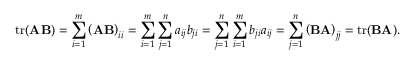
\operatorname { t r } ( \mathbf { A } \mathbf { B } ) = \sum _ { i = 1 } ^ { m } \left( \mathbf { A } \mathbf { B } \right) _ { i i } = \sum _ { i = 1 } ^ { m } \sum _ { j = 1 } ^ { n } a _ { i j } b _ { j i } = \sum _ { j = 1 } ^ { n } \sum _ { i = 1 } ^ { m } b _ { j i } a _ { i j } = \sum _ { j = 1 } ^ { n } \left( \mathbf { B } \mathbf { A } \right) _ { j j } = \operatorname { t r } ( \mathbf { B } \mathbf { A } ) .